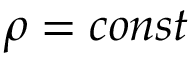
\rho = c o n s t